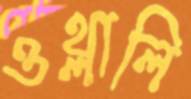
ওথ্‌লালি